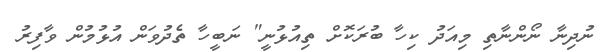
ނުދިނާ ނޯންނާތި މިއަދު ކިހާ ބުރަކޮށް ތިއުޅުނީ" ނަބީހާ ތެދުވަން އުޅުމުން ވާފިރު